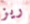
ريز